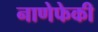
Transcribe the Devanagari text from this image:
नाणेफेकी